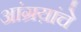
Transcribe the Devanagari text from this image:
आंग्रय़ांचे